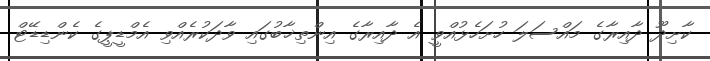
ކާށިދޫ ދާއިރާގެ މައްސަލަ ހުށަހެޅުއްވީ އެ ދާއިރާގެ އިންތިޚާބުގައި ވާދަކުރެއްވި އެމްޑީޕީގެ ކެންޑިޑޭޓް